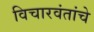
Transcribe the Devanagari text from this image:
विचारवंतांचे